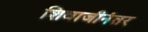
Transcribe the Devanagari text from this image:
शिवाजीनंतर